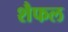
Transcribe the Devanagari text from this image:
शैफल